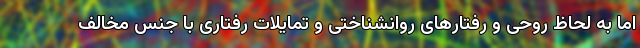
اما به لحاظ روحی و رفتارهای روانشناختی و تمایلات رفتاری با جنس مخالف